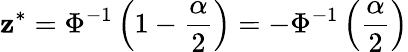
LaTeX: \mathbf{z}^{*}=\Phi^{-1}\left(1-{\frac{{\alpha}}{{2}}}\right)=-\Phi^{-1}\left({\frac{{\alpha}}{{2}}}\right)